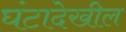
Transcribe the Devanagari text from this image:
घंटादेखील